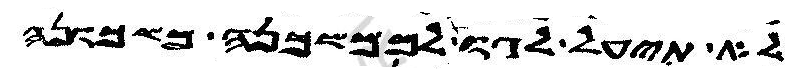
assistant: לא תיעל לגו לממשכנה משכונה